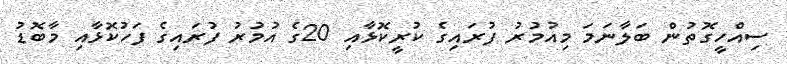
ސިއްހީގޮތުން ބަލާނަމަ މިއުމުރު ފުރައިގެ ކުރީކޮޅާއި 20ގެ އުމުރު ފުރައިގެ ފަހުކޮޅާއި މާބޮޑު